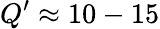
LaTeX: Q^{\prime}\approx 10-15